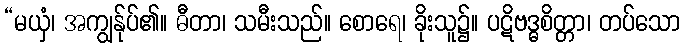
“မယှံ၊ အကျွန်ုပ်၏။ ဓီတာ၊ သမီးသည်။ စောရေ၊ ခိုးသူ၌။ ပဋိဗဒ္ဓစိတ္တာ၊ တပ်သော